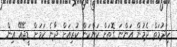
ހިދުމަތް ދެމުން އަންނަ ގޮތަށް ކަންކަން ކުރިއަށް ދާނެ ކަމަށް ޑީޖޭއޭ އިން